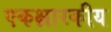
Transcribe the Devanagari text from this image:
एकक्षारकीय